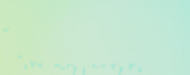
مطعم السعادة يقدم لكم أشه